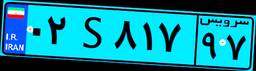
۸۶S۶۸۵۷۲